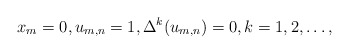
\begin{align*}x_m=0,u_{m,n}=1,\Delta^k(u_{m,n})=0,k=1,2, \ldots,\end{align*}